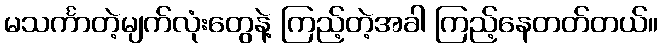
မသင်္ကာတဲ့မျက်လုံးတွေနဲ့ ကြည့်တဲ့အခါ ကြည့်နေတတ်တယ်။